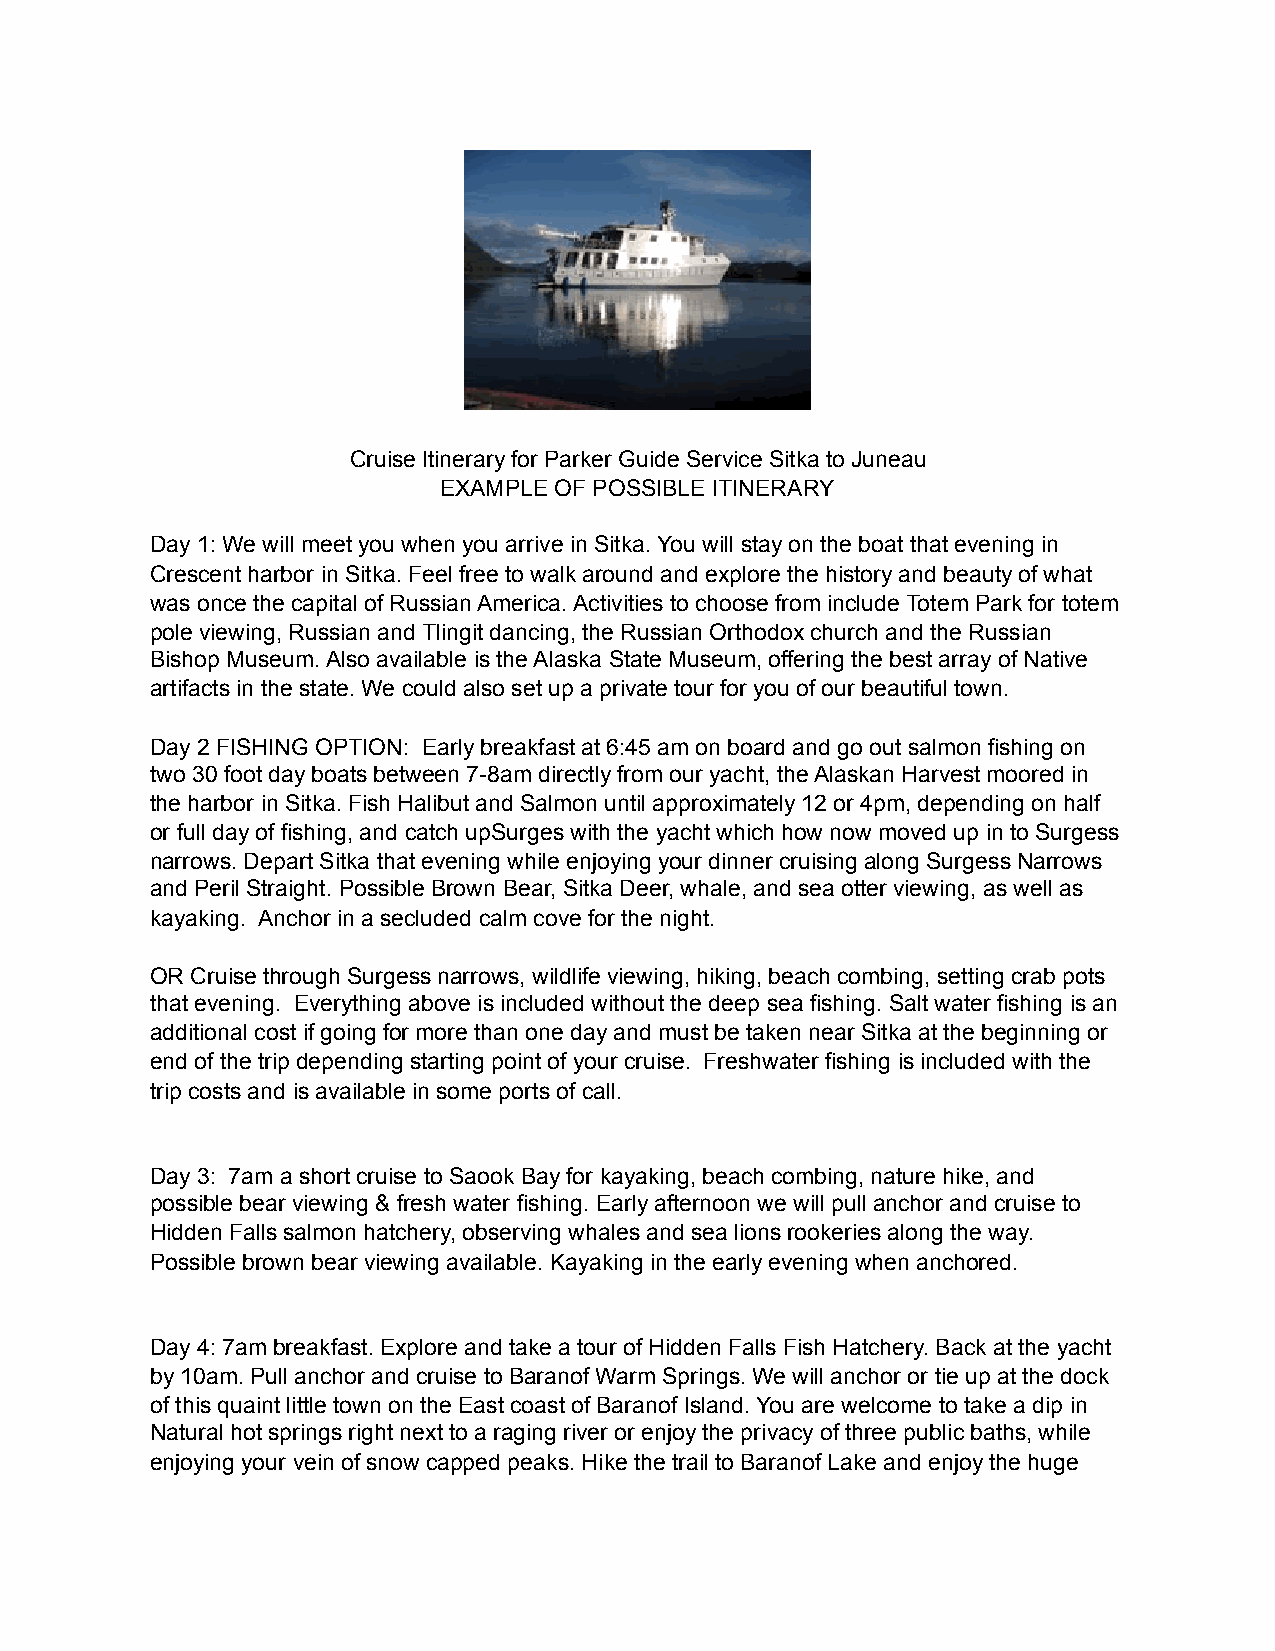
Cruise Itinerary for Parker Guide Service Sitka to Juneau
 EXAMPLE OF POSSIBLE ITINERARY
 Day 1: We will meet you when you arrive in Sitka. You will stay on the boat that evening in
 Crescent harbor in Sitka. Feel free to walk around and explore the history and beauty of what
 was once the capital of Russian America. Activities to choose from include Totem Park for totem
 pole viewing, Russian and Tlingit dancing, the Russian Orthodox church and the Russian
 Bishop Museum. Also available is the Alaska State Museum, offering the best array of Native
 artifacts in the state. We could also set up a private tour for you of our beautiful town.
 Day 2 FISHING OPTION: Early breakfast at 6:45 am on board and go out salmon fishing on
 two 30 foot day boats between 7-8am directly from our yacht, the Alaskan Harvest moored in
 the harbor in Sitka. Fish Halibut and Salmon until approximately 12 or 4pm, depending on half
 or full day of fishing, and catch upSurges with the yacht which how now moved up in to Surgess
 narrows. Depart Sitka that evening while enjoying your dinner cruising along Surgess Narrows
 and Peril Straight. Possible Brown Bear, Sitka Deer, whale, and sea otter viewing, as well as
 kayaking. Anchor in a secluded calm cove for the night.
 OR Cruise through Surgess narrows, wildlife viewing, hiking, beach combing, setting crab pots
 that evening. Everything above is included without the deep sea fishing. Salt water fishing is an
 additional cost if going for more than one day and must be taken near Sitka at the beginning or
 end of the trip depending starting point of your cruise. Freshwater fishing is included with the
 trip costs and is available in some ports of call.
 Day 3: 7am a short cruise to Saook Bay for kayaking, beach combing, nature hike, and
 possible bear viewing & fresh water fishing. Early afternoon we will pull anchor and cruise to
 Hidden Falls salmon hatchery, observing whales and sea lions rookeries along the way.
 Possible brown bear viewing available. Kayaking in the early evening when anchored.
 Day 4: 7am breakfast. Explore and take a tour of Hidden Falls Fish Hatchery. Back at the yacht
 by 10am. Pull anchor and cruise to Baranof Warm Springs. We will anchor or tie up at the dock
 of this quaint little town on the East coast of Baranof Island. You are welcome to take a dip in
 Natural hot springs right next to a raging river or enjoy the privacy of three public baths, while
 enjoying your vein of snow capped peaks. Hike the trail to Baranof Lake and enjoy the huge